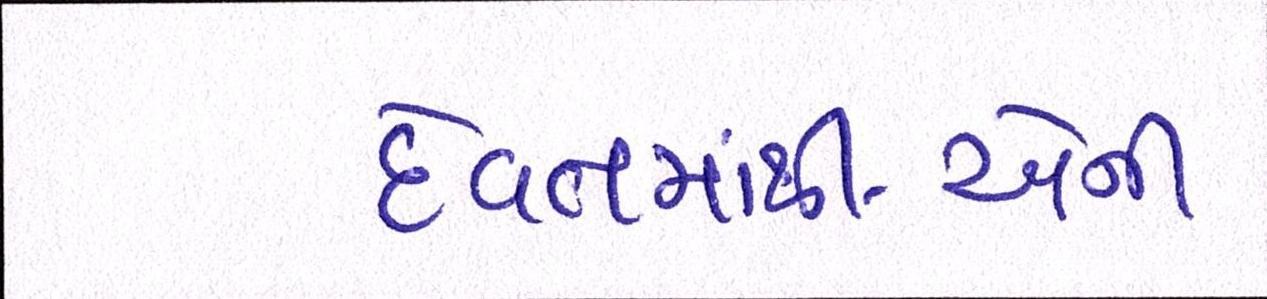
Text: દેવતામાંથી-એની